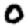
Digit: 0